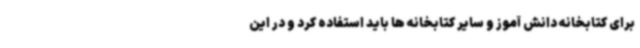
برای کتابخانه دانش آموز و سایر کتابخانه ها باید استفاده کرد و در این